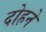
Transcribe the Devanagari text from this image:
दोहने